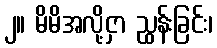
၂။ မိမိအလို့ငှာ ညွှန်းခြင်း၊